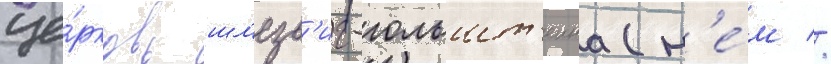
це́рковь шл'езв'иг-гольшт'еина (н'е́м //